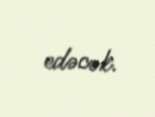
edəcək.